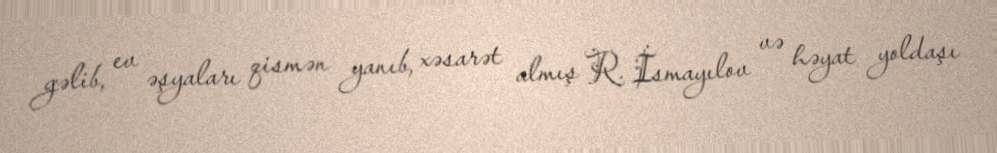
gəlib, ev əşyaları qismən yanıb, xəsarət almış R. İsmayılov və həyat yoldaşı